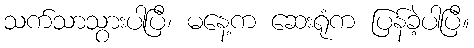
သက်သာသွားပါပြီ၊ မနေ့က ဆေးရုံက ပြန်ခဲ့ပါပြီ။